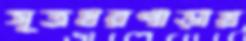
সূত্রধরপাড়ায়